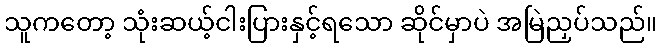
သူကတော့ သုံးဆယ့်ငါးပြားနှင့်ရသော ဆိုင်မှာပဲ အမြဲညှပ်သည်။